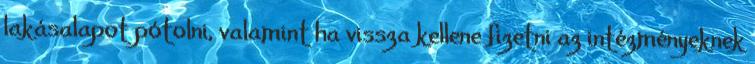
lakásalapot pótolni, valamint ha vissza kellene fizetni az intézményeknek